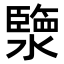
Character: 𤀩